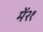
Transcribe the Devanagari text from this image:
में२१